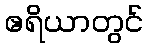
ဧရိယာတွင်